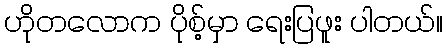
ဟိုတလောက ပိုစ့်မှာ ရေးပြဖူး ပါတယ်။